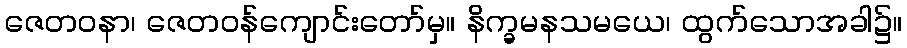
ဇေတဝနာ၊ ဇေတဝန်ကျောင်းတော်မှ။ နိက္ခမနသမယေ၊ ထွက်သောအခါ၌။